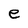
Character: e